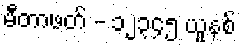
မီတာဖတ် - ၁၂၃၄၅ ယူနစ်